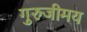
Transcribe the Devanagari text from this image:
गुरुजीमय